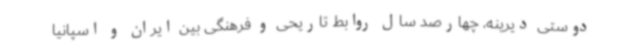
دوستی دیرینه، چهارصد سال روابط تاریحی و فرهنگی بین ایران و اسپانیا